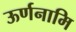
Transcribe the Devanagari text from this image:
ऊर्णनामि